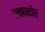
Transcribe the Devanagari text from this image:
एकपथीय